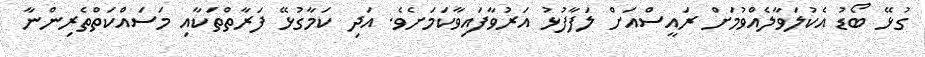
ގުޅޭ ބޯޑު އެކުލަވާލެއްވުމަށް ރައީސްއަށް ލަފާފުޅު އަރުވާފައިވާކަމަށެވެ. އަދި ކަމާގުޅޭ ފަރާތްތަކާއި މަސައްކަތްތެރިންނާ